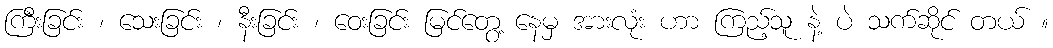
ကြီးခြင်း ၊ သေးခြင်း ၊ နီးခြင်း ၊ ဝေးခြင်း မြင်တွေ့ နေမှ အားလုံး ဟာ ကြည့်သူ နဲ့ ပဲ သက်ဆိုင် တယ် ။